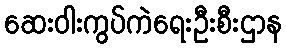
ဆေးဝါးကွပ်ကဲရေးဦးစီးဌာန